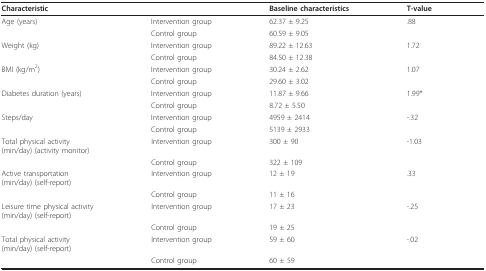
| Characteristic |  | Baseline characteristics | T-value |
 | --- | --- | --- | --- |
 | Age (years) | Intervention group | 62.37 ± 9.25 | .88 |
 |  | Control group | 60.59 ± 9.05 |  |
 | Weight (kg) | Intervention group | 89.22 ± 12.63 | 1.72 |
 |  | Control group | 84.50 ± 12.38 |  |
 | BMI (kg/m2) | Intervention group | 30.24 ± 2.62 | 1.07 |
 |  | Control group | 29.60 ± 3.02 |  |
 | Diabetes duration (years) | Intervention group | 11.87 ± 9.66 | 1.99* |
 |  | Control group | 8.72 ± 5.50 |  |
 | Steps/day | Intervention group | 4959 ± 2414 | -.32 |
 |  | Control group | 5139 ± 2933 |  |
 | Total physical activity(min/day) (activity monitor) | Intervention group | 300 ± 90 | -1.03 |
 |  | Control group | 322 ± 109 |  |
 | Active transportation(min/day) (self-report) | Intervention group | 12 ± 19 | .33 |
 |  | Control group | 11 ± 16 |  |
 | Leisure time physical activity(min/day) (self-report) | Intervention group | 17 ± 23 | -.25 |
 |  | Control group | 19 ± 25 |  |
 | Total physical activity(min/day) (self-report) | Intervention group | 59 ± 60 | -.02 |
 |  | Control group | 60 ± 59 |  |